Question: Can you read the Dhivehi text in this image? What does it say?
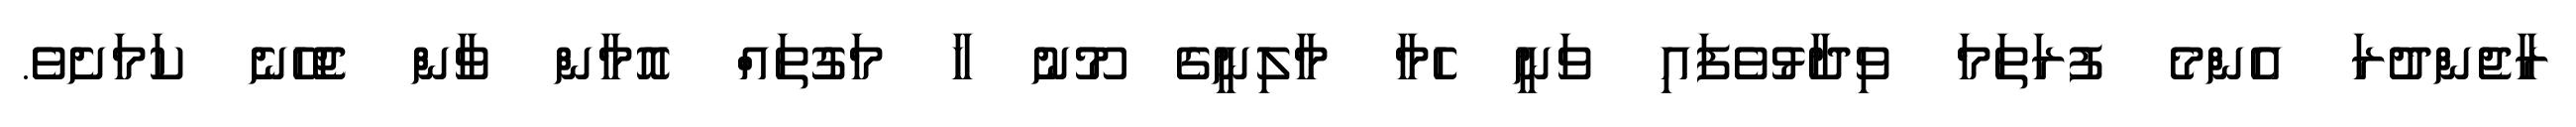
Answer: ރާޖެންދުރަ އެންމެ ފުރަތަމަ ވިދާޅުވެފައި ވަނީ ހެމާ މާލިނީގެ މޫނު ހާ މަގުތައް އޮމާން ވާން ޖެހޭނެ ކަމަށެވެ.